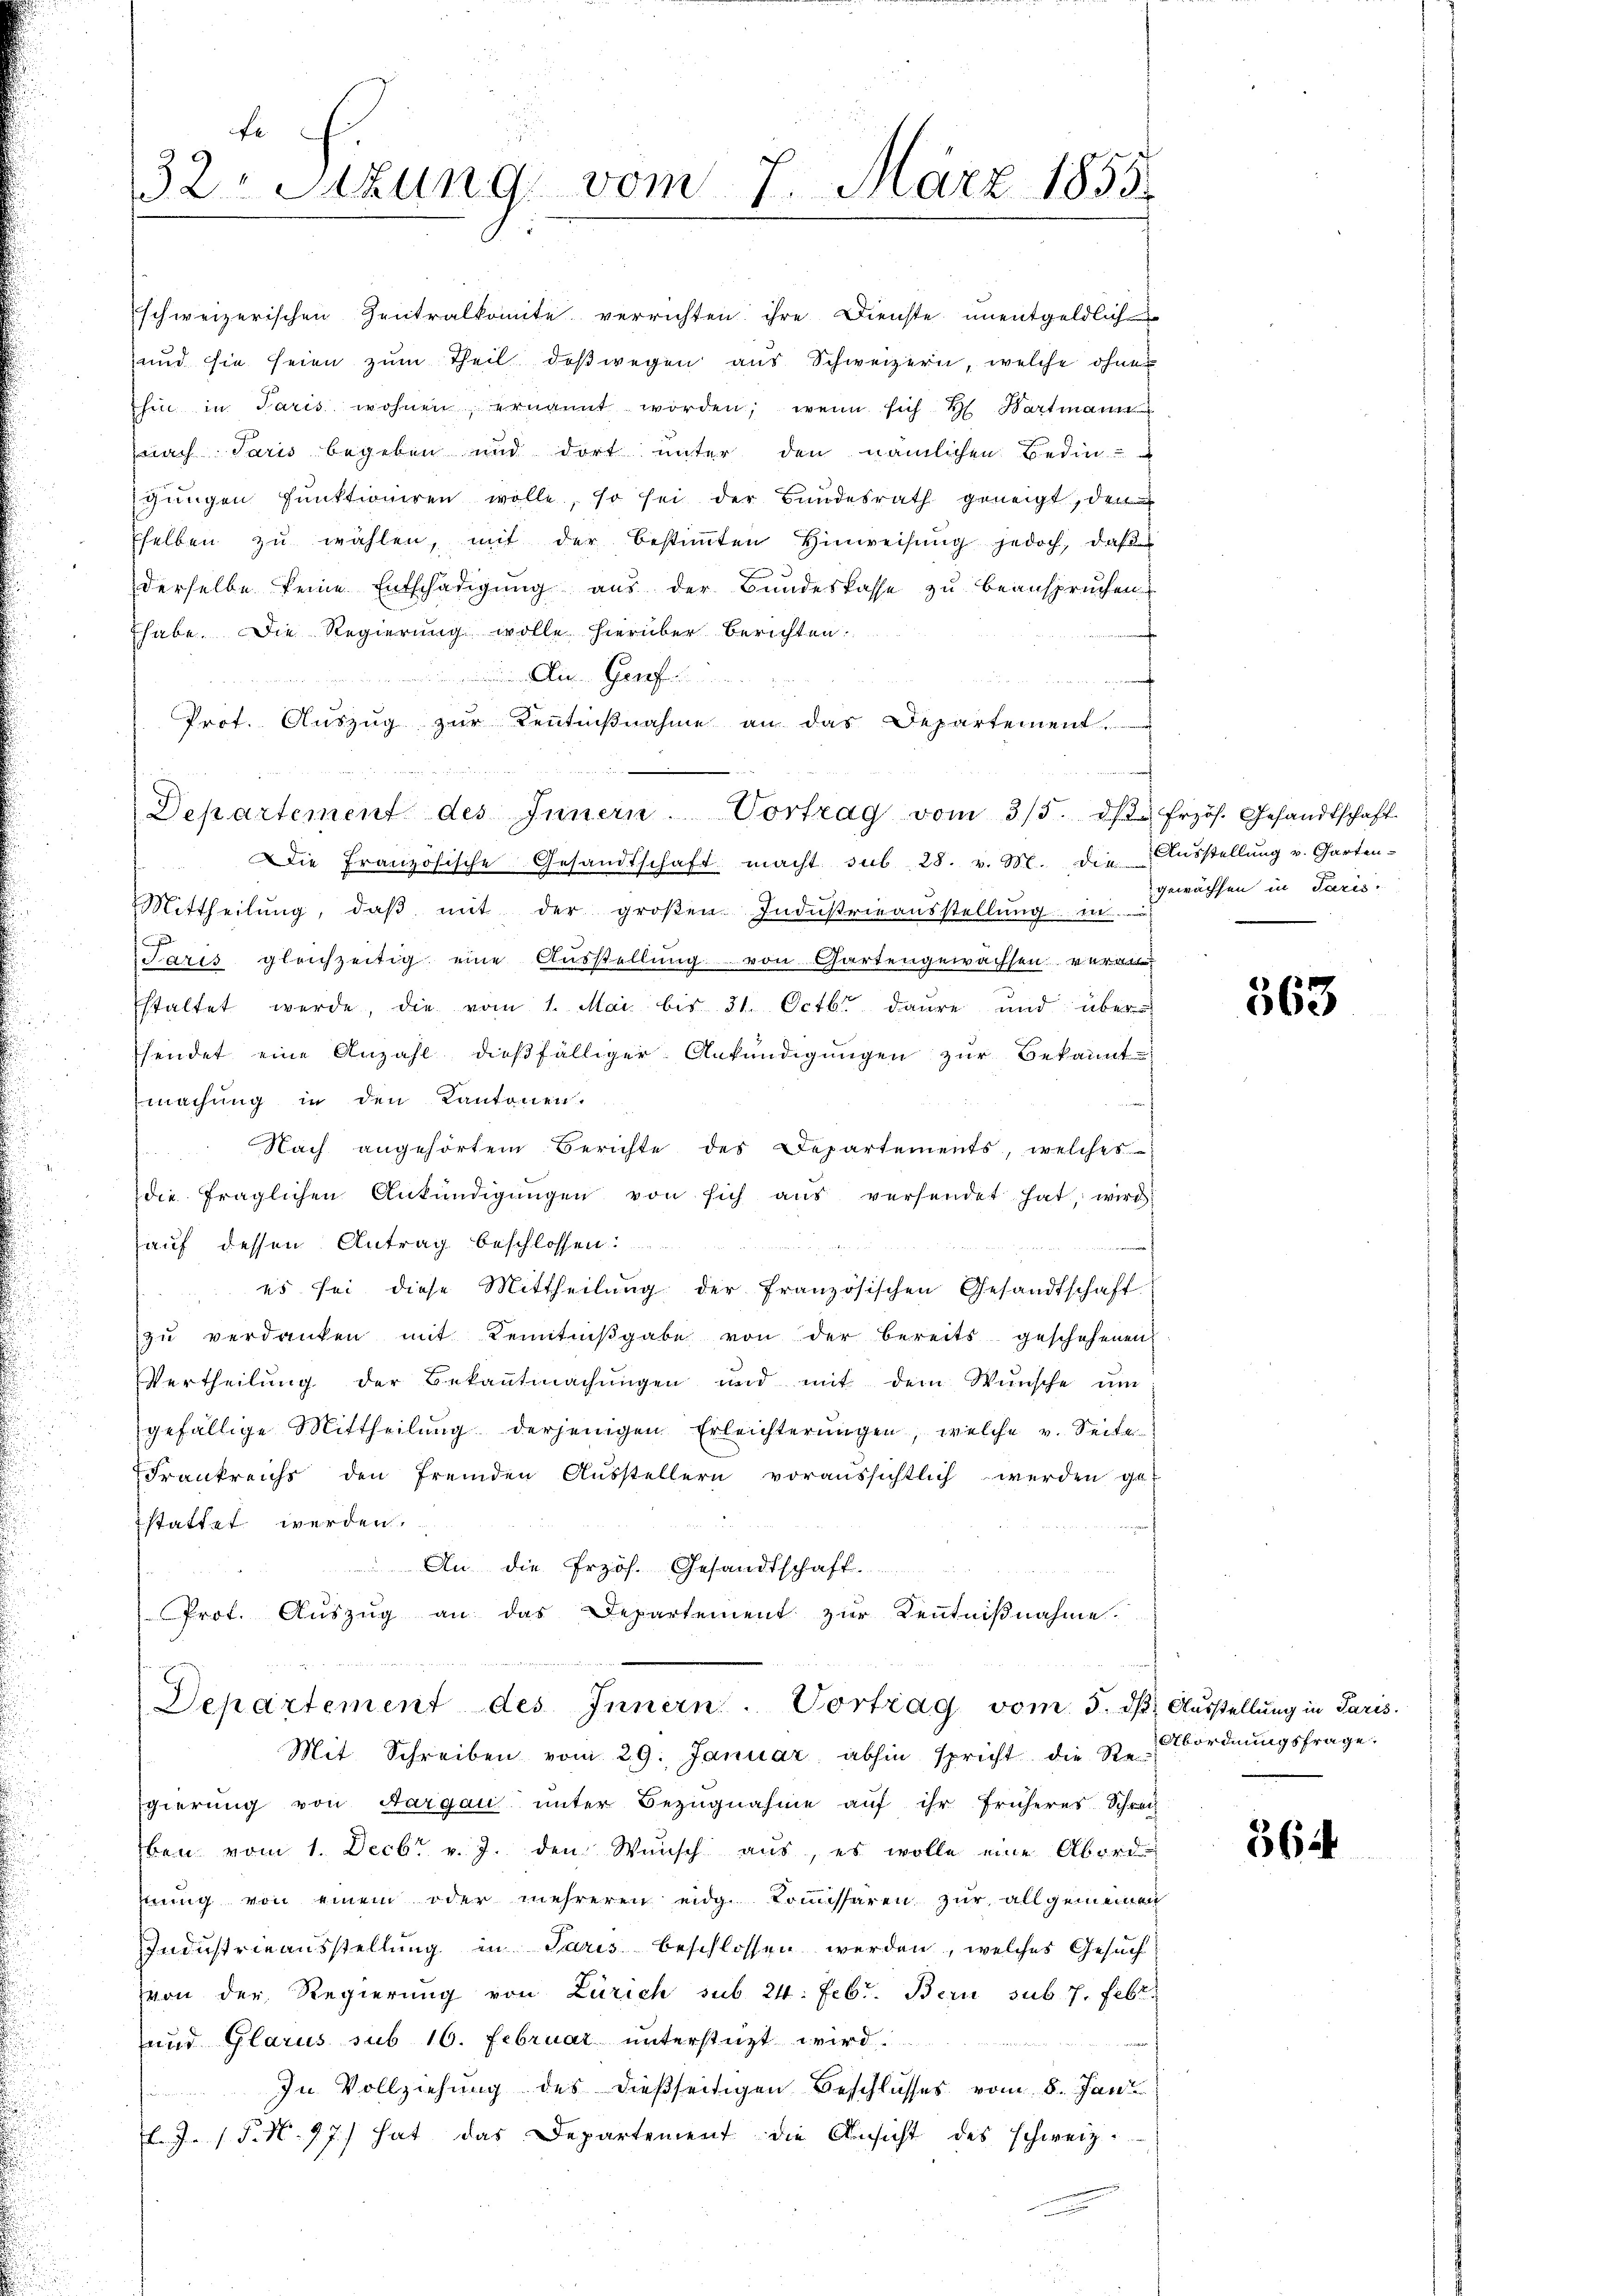
e
32. Sitzung vom 7. März 1855.

schweizerischen Zentralkomite verrichten ihre Dienste unentgeldlich
und sie seien zŭm Theil deßwegen aus Schweizern, welche ohnes
hin in Paris wohnen, ernannt worden; wenn sich H. Hartmann
nach Paris begeben und dort unter den nämlichen Bedin-
chungen Punktioniren wolle, so sei der Bundesrath geneigt, den
selben zu wählen, mit der bestimmten Hinweisung jedoch, daß
derselbe keine Entschädigung aus der Bundeskasse zu beanspruchen
Ehabe. Die Regierung wolle hierüber berichten.
f
An Graf
Prof. Auszug zur Kenntnißnahme an das Departement,
Die Französische Gesandtschaft macht sub 28. v. M. die Ausstellung v. Garten-
Mittheilŭng, daβ mit der groβen Indŭstrieaŭsstellŭng in
Jaris gleichzeitig eine Aŭsstellŭng von Gartengewachsen veran-
staltet werde, die vom 1. Mai bis 31. Octbr. daure und über
sendet eine Anzahl dießfälliger Ankündigungen zur Bekannt
machung in den Kantonen.
Nach angehörtem Berichte des Departements, welches
die fraglichen Ankündigŭngen von sich aŭs versendet hat, wird
auf dessen Antrag beschlossen:
d
es sei diese Mittheilung der französischen Gesandtschaft
zŭ verdanken mit Kenntniβgabe von der bereits geschehenen
Vertheilung der Bekanntmachungen und mit dem Wunsche ŭm
gefällige Mittheilŭng derjenigen Erleichterŭngen, welche v. Seite
Frankreichs den fremden Ausstellern voraussichtlich werden ge-
stattet werden.
An die Erzös. Gesandtschaft
Prof. Auszug an das Departement zur Kenntnißnahme.
Departement des Innern. Vortrag vom 5. dβ. Ausstellung in Paris.
Mit Schreiben vom 29. Januar abhin spricht die Regierung von Aargau unter Bezugnahme auf ihr früheres Schrech
ben vom 1. Decbr. v. J. den Wunsch aus, es wolle eine Abord
mung von einem oder mehreren eidg. Kommissären zur allgemeinen
Industrieausstellung in Paris beschlossen werden, welches Gesuch
von der Regierung von Zürich sub. 24. Febr. Bern sub. 7. Febr.
und Glarus sub 16. Februar unterstüzt wird.
In Vollziehung des dießseitigen Beschlusses vom 8. Jani
l. J. P. N. 97) hat das Departement die Ansicht des schweiz.

Departement des Innern. Vortrag vom 3/5. dβ frzös. Gesandtschaft

gewachsen in Paris.

f

563

Abordnungsfrage.

364